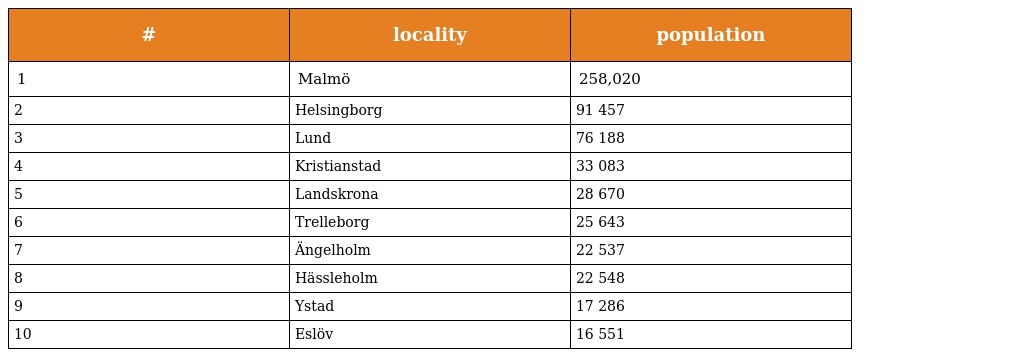
| # | locality | population |
 | --- | --- | --- |
 | 1 | Malmö | 258,020 |
 | 2 | Helsingborg | 91 457 |
 | 3 | Lund | 76 188 |
 | 4 | Kristianstad | 33 083 |
 | 5 | Landskrona | 28 670 |
 | 6 | Trelleborg | 25 643 |
 | 7 | Ängelholm | 22 537 |
 | 8 | Hässleholm | 22 548 |
 | 9 | Ystad | 17 286 |
 | 10 | Eslöv | 16 551 |